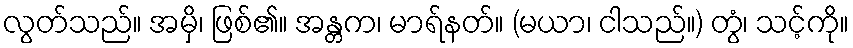
လွတ်သည်။ အမှိ၊ ဖြစ်၏။ အန္တက၊ မာရ်နတ်။ (မယာ၊ ငါသည်။) တွံ၊ သင့်ကို။